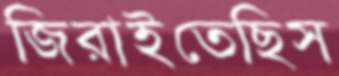
জিরাইতেছিস